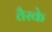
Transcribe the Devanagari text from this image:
तैरके